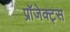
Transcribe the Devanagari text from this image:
प्रॉजेक्ट्स